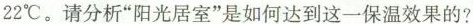
22℃。请分析”阳光居室”是如何达到这一保温效果的?